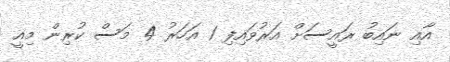
އާއި ނައިބު ރައީސަށް އަރުވައިފި 1 އަހަރު 4 މަސް ކުރިން މިއީ